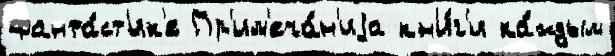
фанта́ст'ик'е Пр'им'еча́н'иjа кн'и́г'и ка́ждым